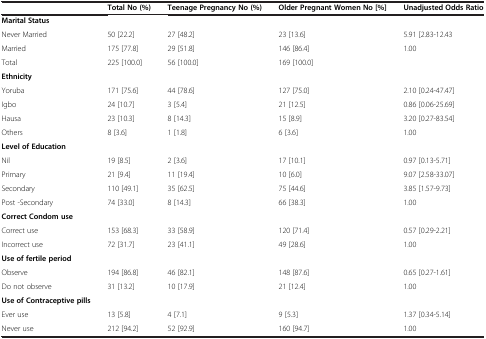
<table><thead><tr><td><b> </b></td><td><b>Total No (%)</b></td><td><b>Teenage Pregnancy No (%)</b></td><td><b>Older Pregnant Women No [%]</b></td><td><b>Unadjusted Odds Ratio</b></td></tr></thead><tbody><tr><td><b>Marital Status</b></td><td> </td><td> </td><td> </td><td> </td></tr><tr><td>Never Married</td><td>50 [22.2]</td><td>27 [48.2]</td><td>23 [13.6]</td><td>5.91 [2.83-12.43</td></tr><tr><td>Married</td><td>175 [77.8]</td><td>29 [51.8]</td><td>146 [86.4]</td><td>1.00</td></tr><tr><td>Total</td><td>225 [100.0]</td><td>56 [100.0]</td><td>169 [100.0]</td><td> </td></tr><tr><td><b>Ethnicity</b></td><td> </td><td> </td><td> </td><td> </td></tr><tr><td>Yoruba</td><td>171 [75.6]</td><td>44 [78.6]</td><td>127 [75.0]</td><td>2.10 [0.24-47.47]</td></tr><tr><td>Igbo</td><td>24 [10.7]</td><td>3 [5.4]</td><td>21 [12.5]</td><td>0.86 [0.06-25.69]</td></tr><tr><td>Hausa</td><td>23 [10.3]</td><td>8 [14.3]</td><td>15 [8.9]</td><td>3.20 [0.27-83.54]</td></tr><tr><td>Others</td><td>8 [3.6]</td><td>1 [1.8]</td><td>6 [3.6]</td><td>1.00</td></tr><tr><td><b>Level of Education</b></td><td> </td><td> </td><td> </td><td> </td></tr><tr><td>Nil</td><td>19 [8.5]</td><td>2 [3.6]</td><td>17 [10.1]</td><td>0.97 [0.13-5.71]</td></tr><tr><td>Primary</td><td>21 [9.4]</td><td>11 [19.4]</td><td>10 [6.0]</td><td>9.07 [2.58-33.07]</td></tr><tr><td>Secondary</td><td>110 [49.1]</td><td>35 [62.5]</td><td>75 [44.6]</td><td>3.85 [1.57-9.73]</td></tr><tr><td>Post -Secondary</td><td>74 [33.0]</td><td>8 [14.3]</td><td>66 [38.3]</td><td>1.00</td></tr><tr><td><b>Correct Condom use</b></td><td> </td><td> </td><td> </td><td> </td></tr><tr><td>Correct use</td><td>153 [68.3]</td><td>33 [58.9]</td><td>120 [71.4]</td><td>0.57 [0.29-2.21]</td></tr><tr><td>Incorrect use</td><td>72 [31.7]</td><td>23 [41.1]</td><td>49 [28.6]</td><td>1.00</td></tr><tr><td><b>Use of fertile period</b></td><td> </td><td> </td><td> </td><td> </td></tr><tr><td>Observe</td><td>194 [86.8]</td><td>46 [82.1]</td><td>148 [87.6]</td><td>0.65 [0.27-1.61]</td></tr><tr><td>Do not observe</td><td>31 [13.2]</td><td>10 [17.9]</td><td>21 [12.4]</td><td>1.00</td></tr><tr><td><b>Use of Contraceptive pills</b></td><td> </td><td> </td><td> </td><td> </td></tr><tr><td>Ever use</td><td>13 [5.8]</td><td>4 [7.1]</td><td>9 [5.3]</td><td>1.37 [0.34-5.14]</td></tr><tr><td>Never use</td><td>212 [94.2]</td><td>52 [92.9]</td><td>160 [94.7]</td><td>1.00</td></tr></tbody></table>